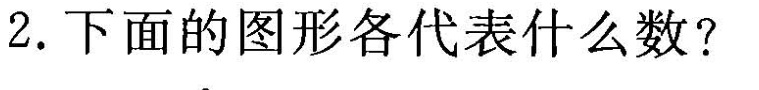
2.下面的图形各代表什么数?